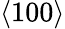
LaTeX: \left\langle 100\right\rangle